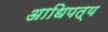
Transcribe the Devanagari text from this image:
अाधिपत्य